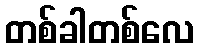
တစ်ခါတစ်လေ